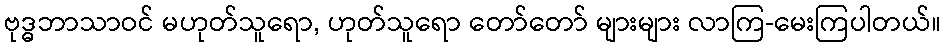
ဗုဒ္ဓဘာသာဝင် မဟုတ်သူရော, ဟုတ်သူရော တော်တော် များများ လာကြ-မေးကြပါတယ်။